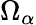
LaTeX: \Omega_{\alpha}